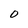
Character: O